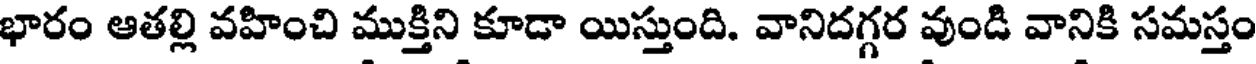
భారం ఆతల్లి వహించి ముక్తిని కూడా యిస్తుంది. వానిదగ్గర వుండి వానికి సమస్తం